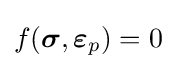
f({\boldsymbol {\sigma }},{\boldsymbol {\varepsilon }}_{p})=0